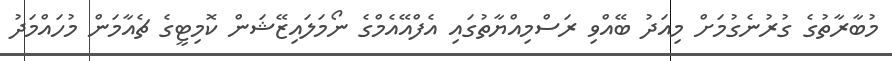
މުބާރާތުގެ ގުރުނެގުމަށް މިއަދު ބޭއްވި ރަސްމިއްޔާތުގައި އެފްއޭއެމްގެ ނޯމަލައިޒޭޝަން ކޮމިޓީގެ ޗެއާމަން މުހައްމަދު